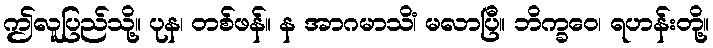
ဤလူပြည်သို့။ ပုန၊ တစ်ဖန်။ န အာဂမာသိံ၊ မလာပြီ။ ဘိက္ခဝေ၊ ရဟန်းတို့။